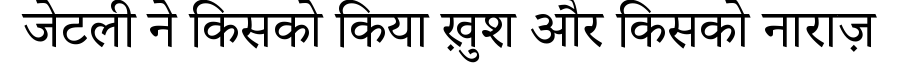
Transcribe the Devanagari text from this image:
जेटली ने किसको किया ख़ुश और किसको नाराज़